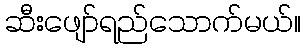
ဆီးဖျော်ရည်သောက်မယ်။